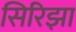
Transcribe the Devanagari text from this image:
सिरिझा